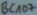
Text: BC107